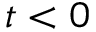
t < 0